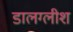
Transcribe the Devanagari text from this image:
डालग्लीश